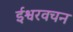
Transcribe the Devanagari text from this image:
ईश्वरवचन